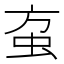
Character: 𰲱